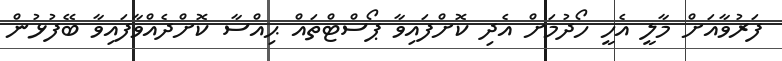
ފަރުވާއަށް މާލީ އެހީ ހޯދުމަށް އެދި ކޮށްފައިވާ ޕޯސްޓްތައް ޙިއްސާ ކޮށްދެއްވާފައިވާ ބޭފުޅުން